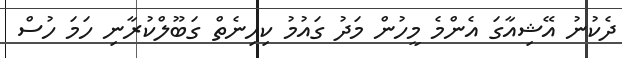
ދެކުނު އޭޝިއާގަ އެންމެ މީހުން މަދު ގައުމު ކިހިނެތް ގަބޫލްކުރާނި ހަމަ ހުސް